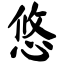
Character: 悠